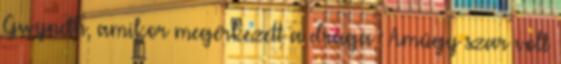
Gwyneth, amikor megérkezett a drága : Amúgy szar volt